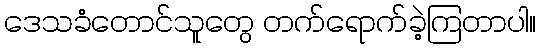
ဒေသခံတောင်သူတွေ တက်ရောက်ခဲ့ကြတာပါ။